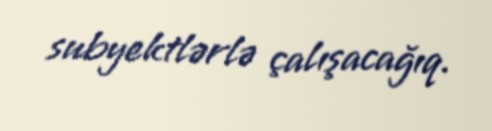
subyektlərlə çalışacağıq.